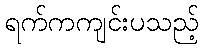
ရက်ကကျင်းပသည့်